Report on vaccination in Madras 1904-1921 - 1904-1921
Year: 1904
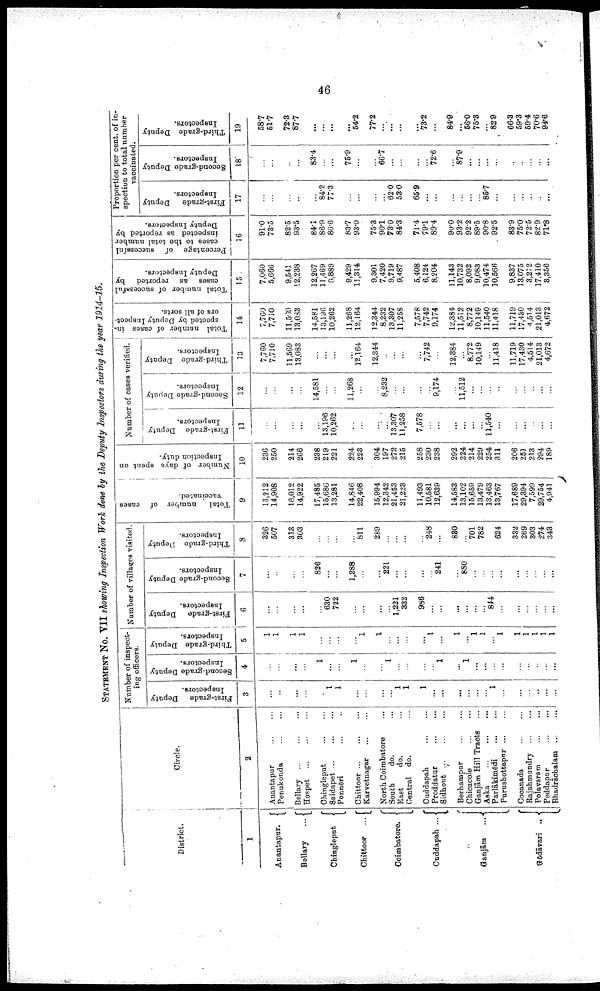
46
STATEMENT NO. VII showing Inspection Work done by the Deputy Inspectors during the year 1914-15.
District.
1
Anantapur.
Bellary ...
Chingleput
Chittoor ...
Coimbatore.
Cuddapah ...
Ganjām
...
Gōdāvari
...
Circle.
2
Anantapur ... ...
Penukonda
...
...
Bellary
...
...
...
Hospet
...
...
...
Chingleput
...
...
Saidapet
...
...
...
Ponnēri ... ...
Chittoor ... ... ...
Karvetnagar
...
...
North Coimbatore ...
South
do. ...
East
do. ...
Central do. ...
Cuddapah
...
...
Proddatur
...
...
Sidhout
...
...
...
Berhampur
...
...
Chicacole
...
...
Ganjām Hill Tracts ...
Aska
...
...
...
Parlākimēdi
...
...
Purushottapur ... ...
Cocanada
...
...
Rajahmundry
...
...
Polavaram
...
...
Peddapur
...
...
Bhadrācbalam
...
...
Number of inspect
ing officers.
First-grade Deputy
Inspectors.
3
...
...
...
...
...
1
1
...
...
...
...
1
1
1
...
...
...
...
...
...
1
...
...
...
...
...
...
Second-grade Deputy
Inspectors.
4
...
...
...
...
1
...
...
1
...
...
1
...
...
...
...
1
...
1
...
...
...
...
...
...
...
...
...
Third-grade Deputy
Inspectors.
5
1
1
1
1
...
...
...
...
1
1
...
...
...
...
1
...
1
...
1
1
...
1
1
1
1
1
1
Number of villages visited.
First-grade Deputy
Inspectors.
6
...
...
...
...
...
630
722
...
...
...
...
1,221
332
986
...
...
...
...
...
...
844
...
...
...
...
...
...
Second-grade Deputy
Inspectors.
7
...
...
...
...
826
...
...
1,288
...
...
221
...
...
...
...
241
...
880
...
...
...
...
...
...
...
...
...
Third-grade Deputy
Inspectors.
8
326
507
313
303
...
...
...
...
811
289
...
...
...
...
248
...
880
...
701
782
...
624
332
269
303
274
343
Total
number of cases
vaccinated.
9
13,212
14,908
16,012
14,922
17,485
15,686
13,281
14,846
22,408
15,994
12,342
21,453
21,223
11,493
10,581
12,639
14,583
13,102
15,659
13,479
13,463
13,767
17,689
29,394
7,599
29,754
4,941
Number of days spent on
Inspection duty.
10
236
250
214
266
238
219
221
224
223
304
197
272
215
258
230
238
292
224
214
229
254
311
206
251
213
294
189
Number of cases verified.
First-grade Deputy
Inspectors.
11
...
...
...
...
...
13,196
10,262
...
...
...
...
13,307
11,258
7,578
...
...
...
...
...
...
11,540
...
...
...
...
...
...
Second-grade Deputy
Inspectors.
12
...
...
...
...
14,581
...
...
11,268
...
...
8,232
...
...
...
...
9,174
...
11,512
...
...
...
...
...
...
...
...
...
Third-grade
Deputy
Inspectors.
13
7,760
7,710
11,569
13,083
...
...
...
...
12,164
12,344
...
...
...
...
7,742
...
12,384
...
8,772
10,149
...
11,418
11,719
17,430
4,514
21,013
4,672
Total number of cases in
spected by Deputy Inspect
ors of all sorts.
14
7,760
7,710
11,569
13,083
14,581
13,196
10,262
11,268
12,164
12,344
8,232
13,307
11,258
7,578
7,742
9,174
12,384
11,512
8,772
10,149
11,540
11,418
11,719
17,430
4,514
21,013
4,672
Total number of successful
cases as reported by
Deputy Inspectors.
15
7,060
5,666
9,541
12,238
12,267
11,469
8,889
9,429
11,314
9,301
7,420
9,719
9,487
5,408
6,124
8,204
11,143
10,732
8,092
9,083
10,474
10,566
9,837
13,075
3,272
17,410
3,356
Percentage of successful
cases to the total number
inspected as reported by
Deputy Inspectors.
16
91.0
73.5
82.5
93.5
84.1
86.9
86.6
83.7
93.0
75.3
90.1
73.0
84.3
71.4
79.1
89.4
90.0
93.2
92.2
89.5
90.8
92.5
83.9
75.0
72.5
82.9
71.8
Proportion per cent. of in
spection to total number
vaccinated.
First-grade Deputy
Inspectors.
17
...
...
...
...
...
84.2
77.3
...
...
...
...
62.0
53.0
65.9
...
...
...
...
...
...
85.7
...
...
...
...
...
...
Second-grade Deputy
Inspectors.
18
...
...
...
...
83.4
...
...
75.9
...
...
66.7
...
...
...
...
72.6
...
87.9
...
...
...
...
...
...
...
...
...
Third-grade Deputy
Inspectors.
19
58.7
51.7
72.3
87.7
...
...
...
...
54.2
77.2
...
...
...
...
73.2
...
84.9
...
56.0
75.3
...
82.9
66.3
59.3
59.4
70.6
94.6